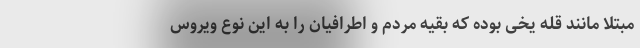
مبتلا مانند قله یخی بوده که بقیه مردم و اطرافیان را به این نوع ویروس